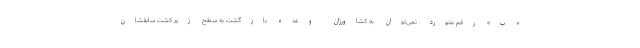
«ب» رقم نخورد. نمی‌توان به کشاورزان وعده بازگشت به سطح زیر کشت سابقشان